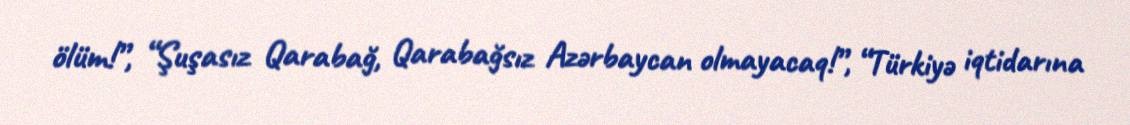
ölüm!”, “Şuşasız Qarabağ, Qarabağsız Azərbaycan olmayacaq!”, “Türkiyə iqtidarına